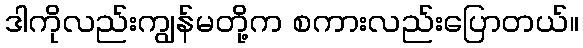
ဒါကိုလည်းကျွန်မတို့က စကားလည်းပြောတယ်။